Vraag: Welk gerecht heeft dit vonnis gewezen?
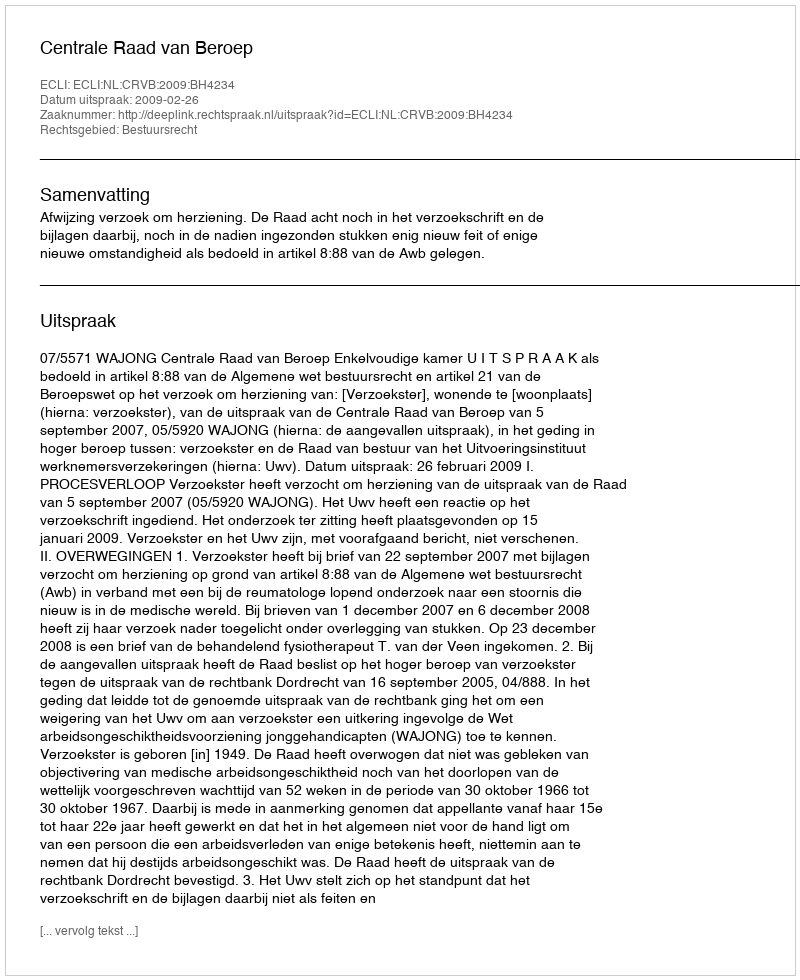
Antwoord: Centrale Raad van Beroep